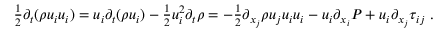
\begin{array} { r } { \frac { 1 } { 2 } \partial _ { t } ( \rho u _ { i } u _ { i } ) = u _ { i } \partial _ { t } ( \rho u _ { i } ) - \frac { 1 } { 2 } u _ { i } ^ { 2 } \partial _ { t } \rho = - \frac { 1 } { 2 } \partial _ { x _ { j } } \rho u _ { j } u _ { i } u _ { i } - u _ { i } \partial _ { x _ { i } } P + u _ { i } \partial _ { x _ { j } } \tau _ { i j } \ . } \end{array}